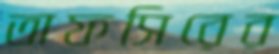
তাফসিরের